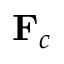
\mathbf { F } _ { c }